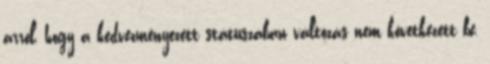
arról, hogy a kedvezményezett státuszában változás nem következett be,